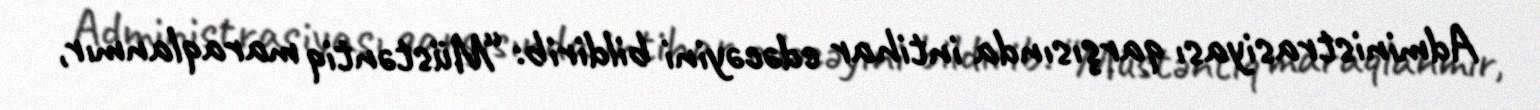
Administrasiyası qarşısında intihar edəcəyini bildirib: “Müstəntiq maraqlanmır,